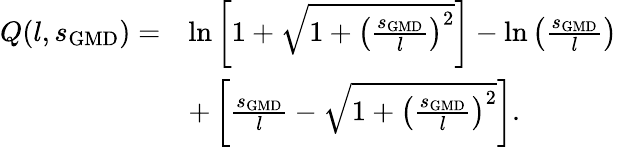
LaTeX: \begin{array}{rl}{Q(l,s_{\mathrm{GMD}})=}&{\ln\left[1+\sqrt{1+\left(\frac{s_{\mathrm{GMD}}}{l}\right)^{2}}\right]-\ln\left(\frac{s_{\mathrm{GMD}}}{l}\right)}\\ &{+\left[\frac{s_{\mathrm{GMD}}}{l}-\sqrt{1+\left(\frac{s_{\mathrm{GMD}}}{l}\right)^{2}}\right].}\end{array}